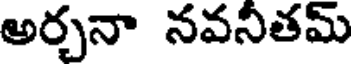
అర్చనా నవనీతమ్